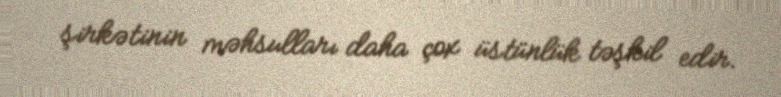
şirkətinin məhsulları daha çox üstünlük təşkil edir.